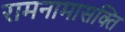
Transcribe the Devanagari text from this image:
रामनामासक्ति